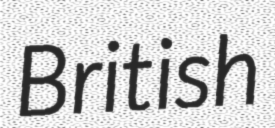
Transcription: British